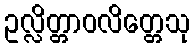
ဥလ္လိတ္တာဝလိတ္တေသု